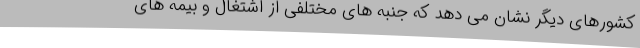
کشورهای دیگر نشان می دهد که جنبه های مختلفی از اشتغال و بیمه های